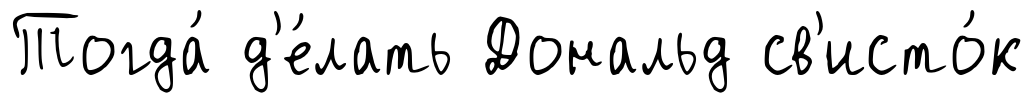
Тогда́ д'е́лать Дональд св'исто́к